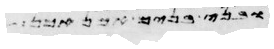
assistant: בני בנימים אבידן בן